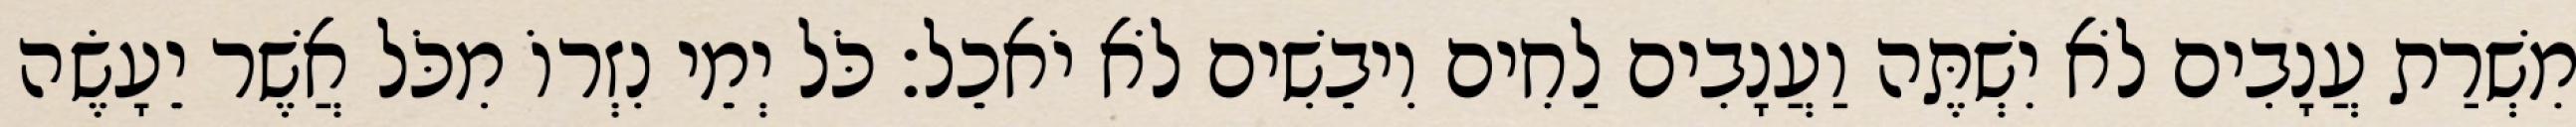
מִשְׁרַת עֲנָבִים לֹא יִשְׁתֶּה וַעֲנָבִים לַחִים וִיבֵשִׁים לֹא יֹאכֵל׃ כֹּל יְמֵי נִזְרוֹ מִכֹּל אֲשֶׁר יֵעָשֶׂה